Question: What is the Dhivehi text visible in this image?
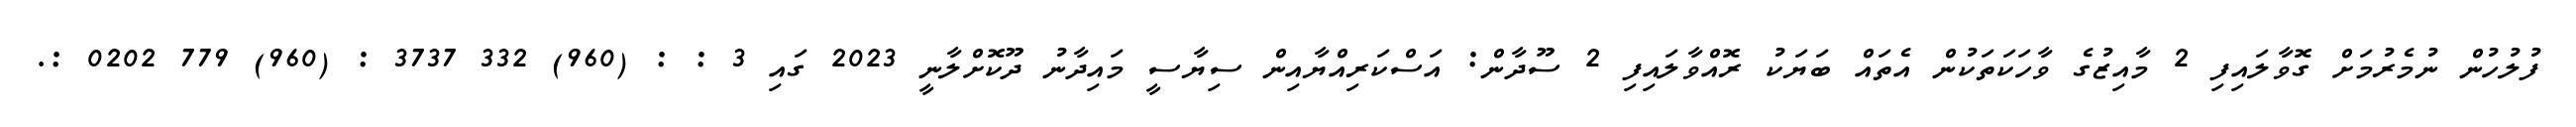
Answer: ފުލުހުން ނުމެރުމަށް ގޮވާލައިފި 2 މާއިޒުގެ ވާހަކަތަކުން އެތައް ބަޔަކު ރޮއްވާލައިފި 2 ސޫދާން: އަސްކަރިއްޔާއިން ސިޔާސީ މައިދާނު ދޫކޮށްލާނީ 2023 ގައި 3 : : (960) 332 3737 : (960) 779 0202 :.